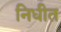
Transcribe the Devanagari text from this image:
निधीत